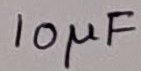
Text: 10µF